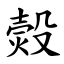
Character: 㷤